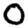
Digit: 0